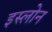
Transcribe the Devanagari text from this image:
इस्लोन